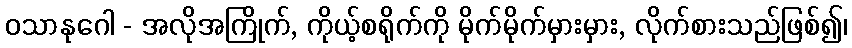
ဝသာနုဂေါ - အလိုအကြိုက်, ကိုယ့်စရိုက်ကို မိုက်မိုက်မှားမှား, လိုက်စားသည်ဖြစ်၍၊